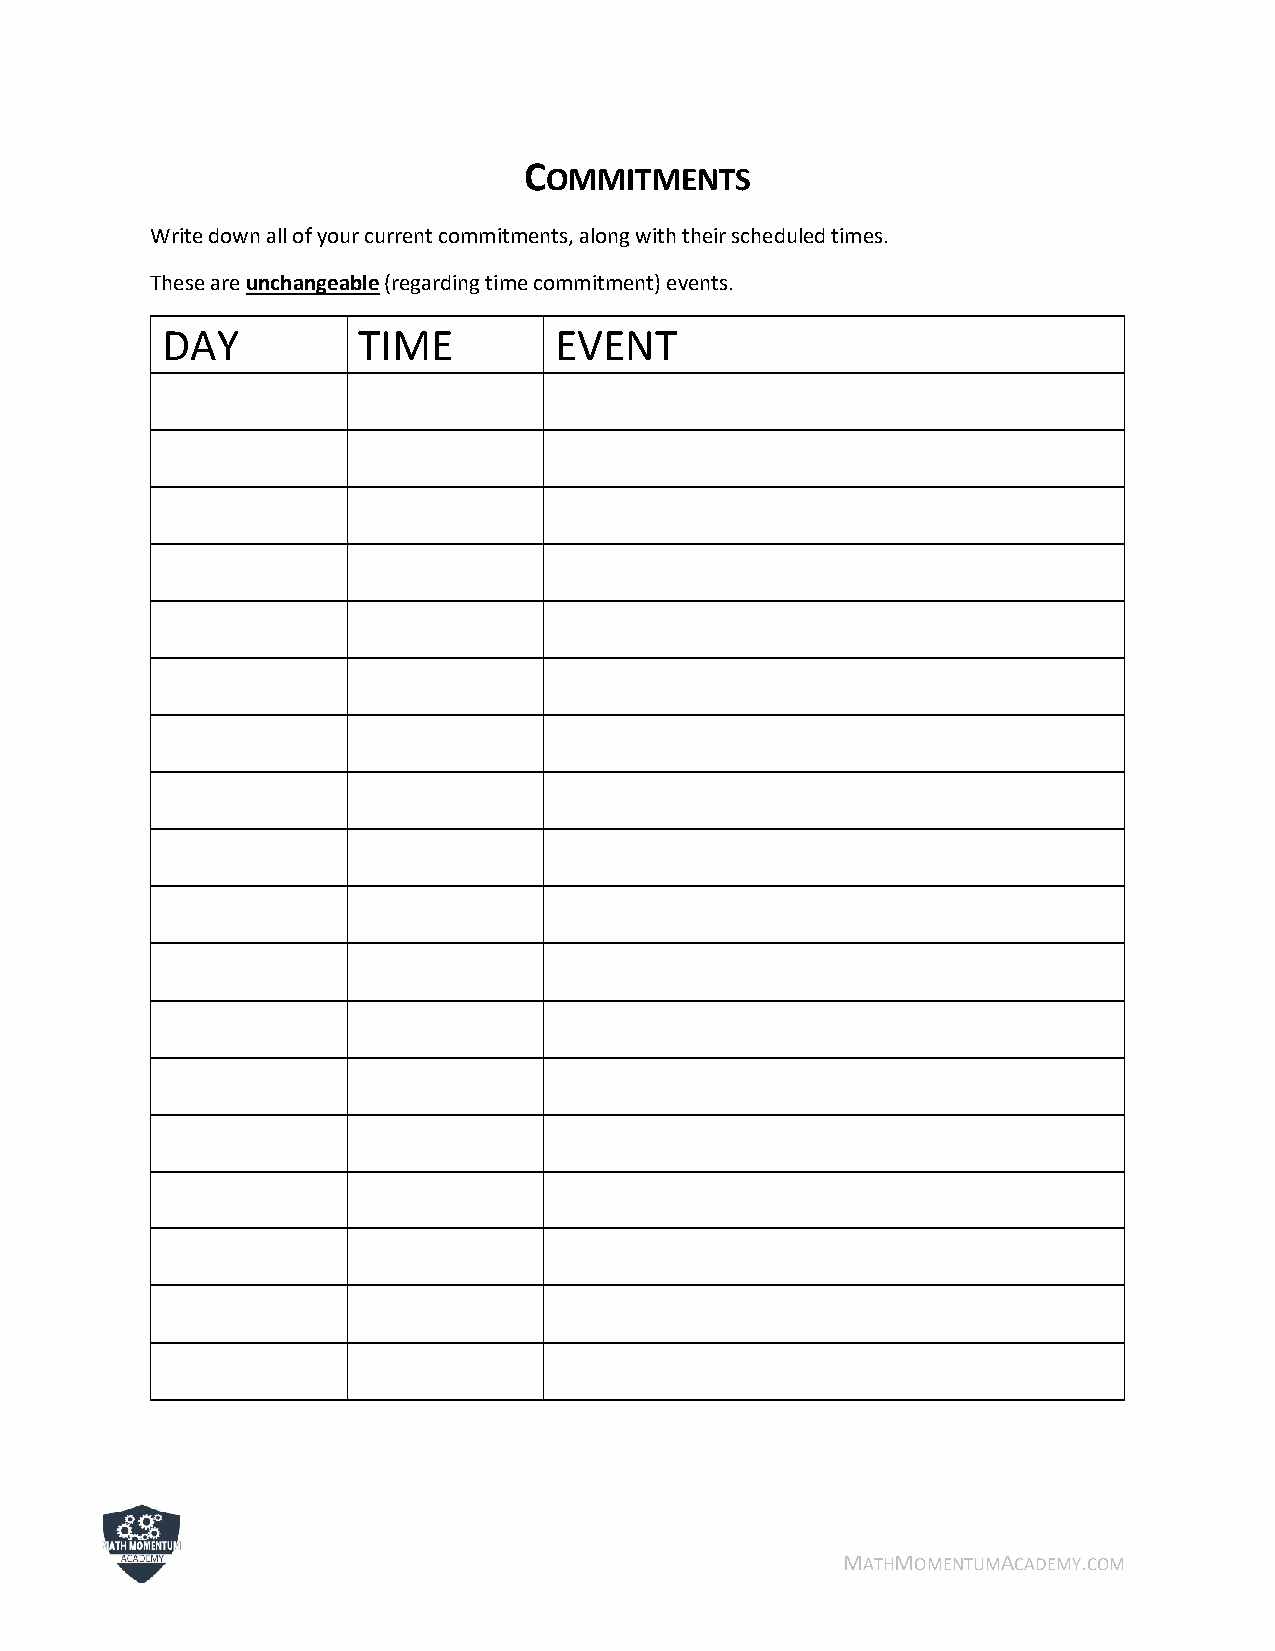
C
 OMMITMENTS
 Write down all of your current commitments, along with their scheduled times.
 These are unchangeable (regarding time commitment) events.
 DAY          TIME         EVENT
 MATHMOMENTUMACADEMY.COM